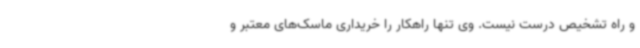
و راه تشخیص درست نیست. وی تنها راهکار را خریداری ماسک‌های معتبر و